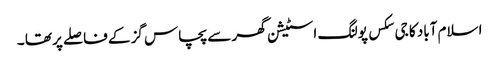
اسلام آباد کا جی سکس پولنگ اسٹیشن گھر سے پچاس گز کے فاصلے پر تھا ۔